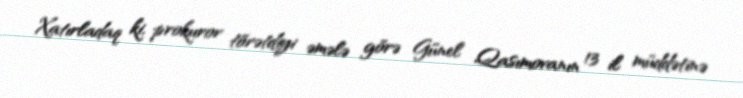
Xatırladaq ki, prokuror törətdiyi əmələ görə Günel Qasımovanın 13 il müddətinə